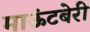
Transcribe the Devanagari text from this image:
माऊंटबेरी